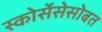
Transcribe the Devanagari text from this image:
स्कोर्सेसेसोबत